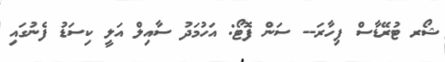
ޝޯރ ޓުރޭޑާސް ފިހާރަ-- ސަން ފޮޓޯ: އަހުމަދު ސާއިލް އަލީ ކިސަޑު ފެނުގައި